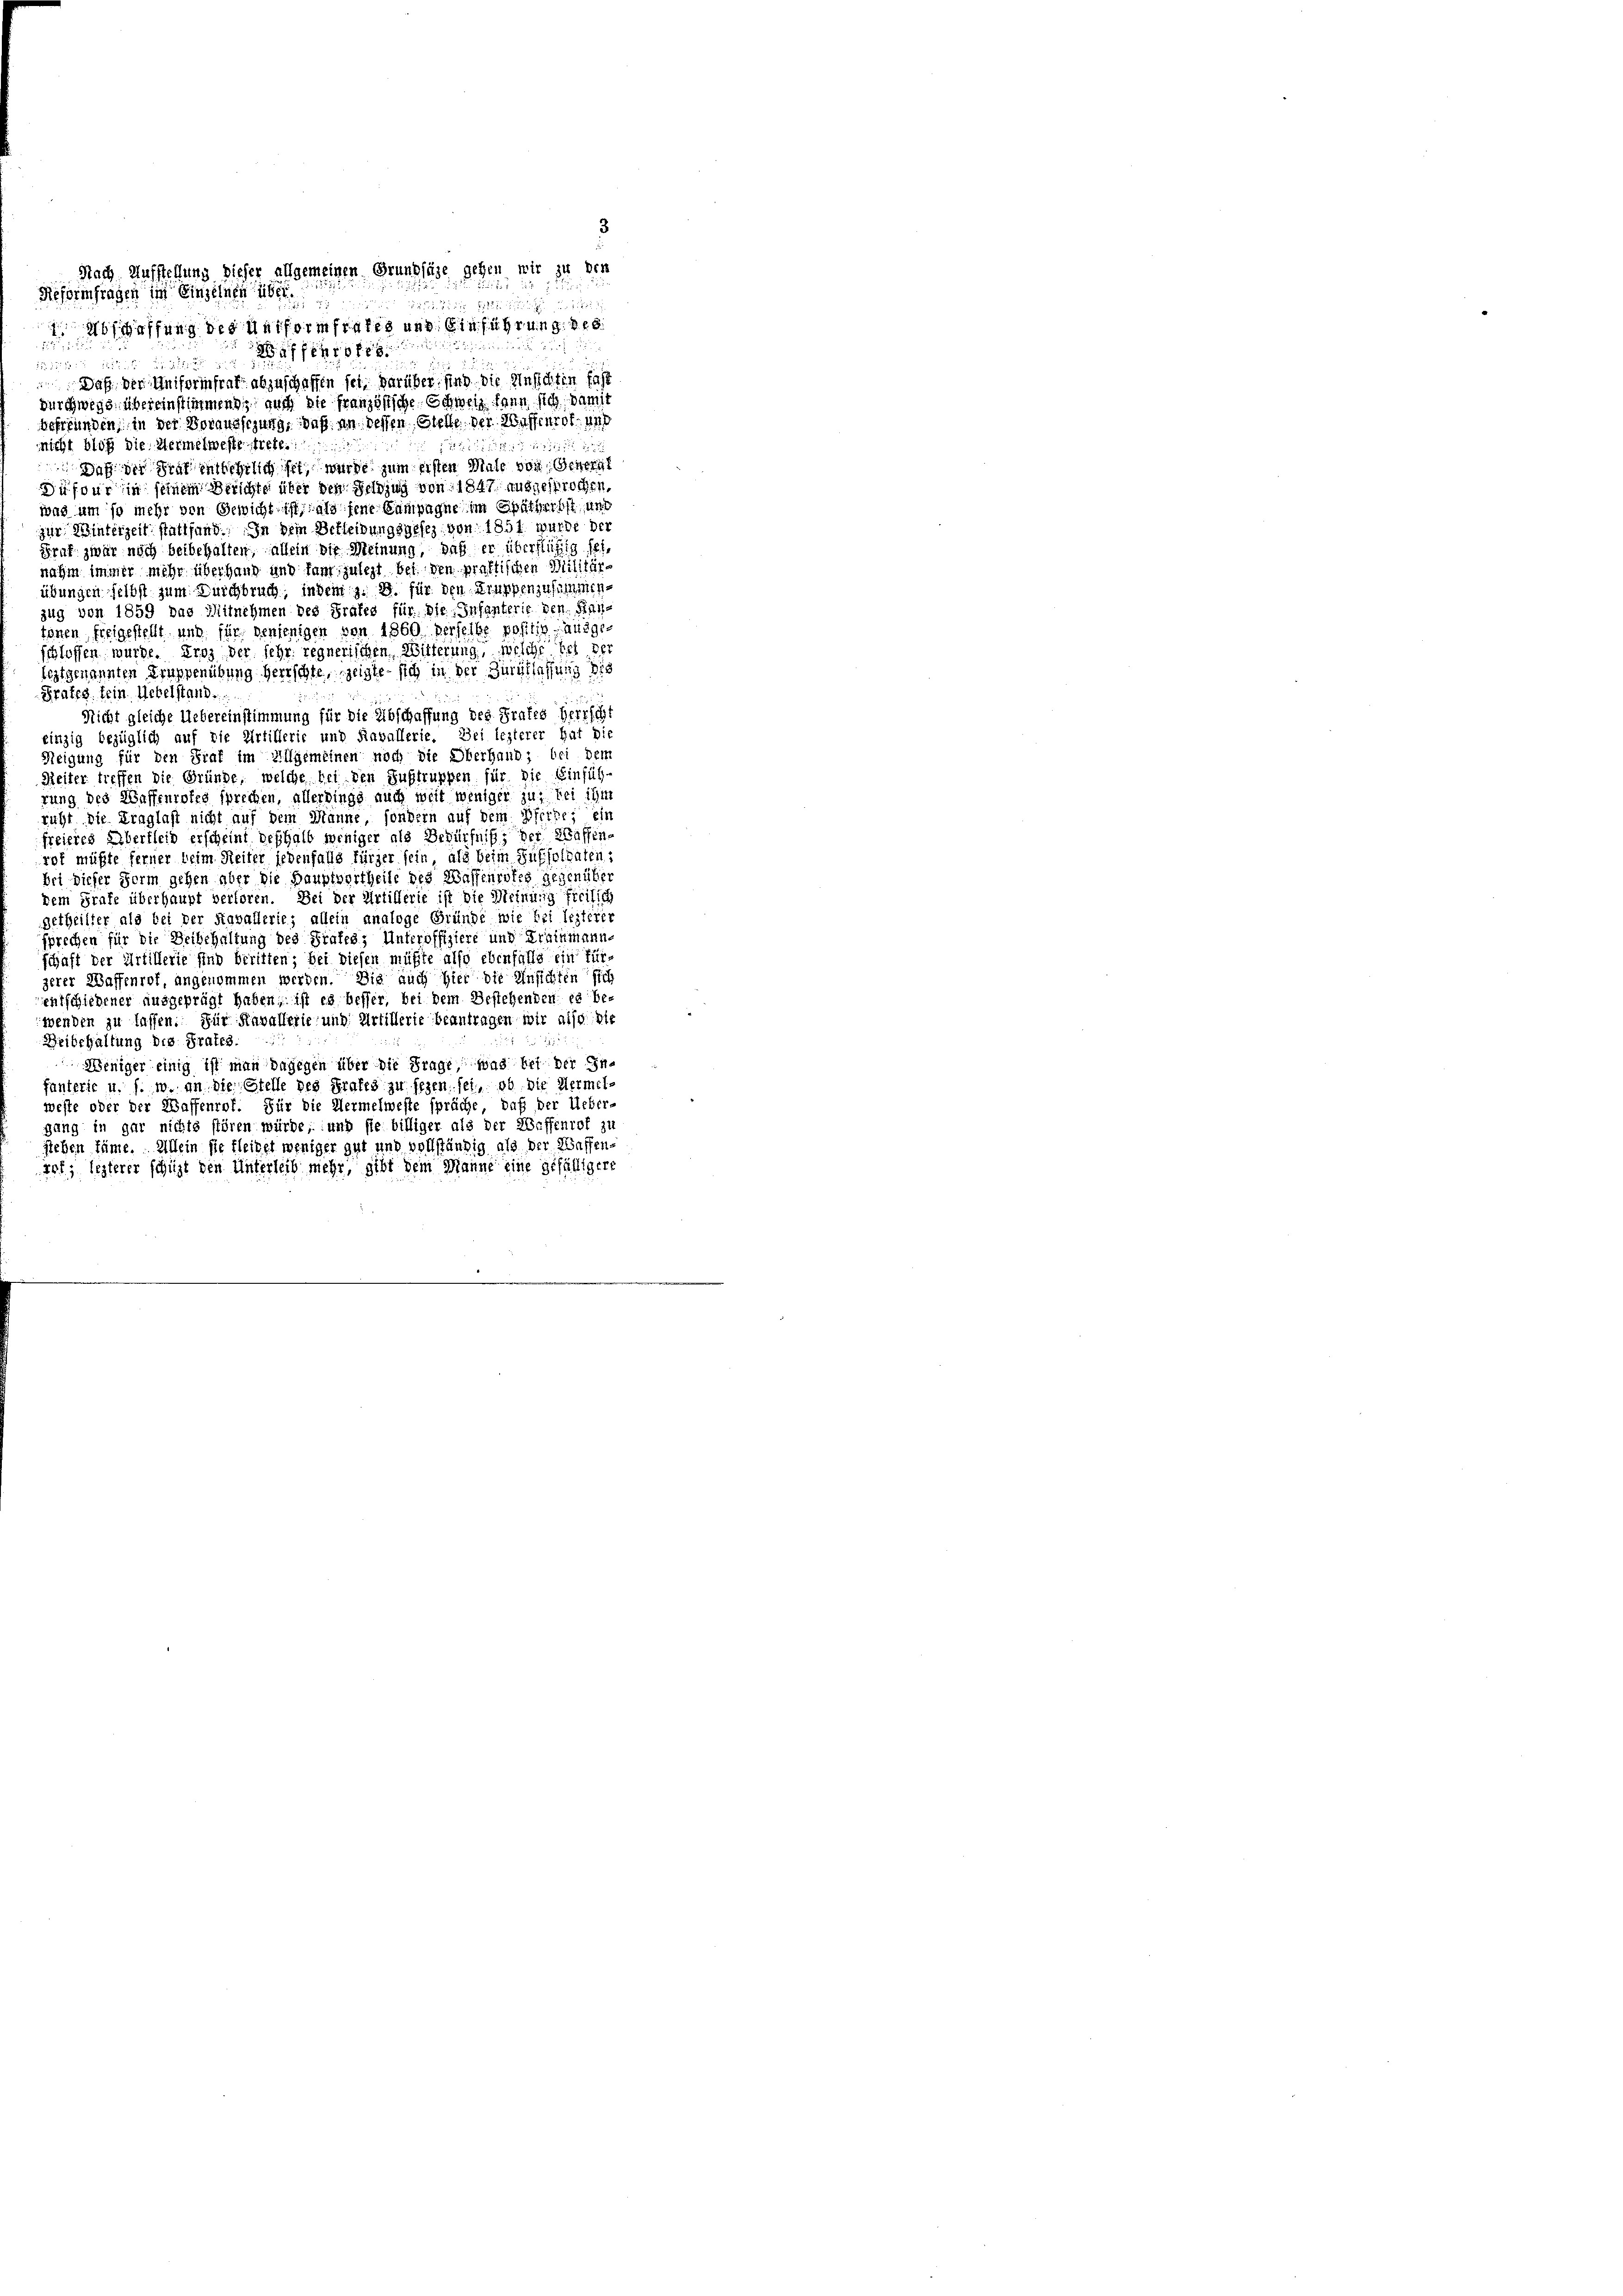
3
Nach Aufstellung dieser allgemeinen Grundsätze gehen wir zu den
ffung des Uniformales und Einführung des
1
2ff

17
Daß der Uniforinfrat abzuschaffen sei, darüber sind die Ansichten fast
durchwege übereinstimmend, auch die französiche Schweiz dann sich, damit
Befreunden, in der Voraussezung, daß an dessen Stelle der Waffenrot und
nicht bloß die Vermelweste trete.

Daß der Graf entbehrlich sei, wurde zum Ersten Male von Gener
Dufour in seinem Berichte über den Feldzug von 1847 ausgesprochen,
was um so mehr von Gewicht ist, als fene Campagne im Spätherbst, und
zur Winterzeit stattfand. In dem Berleibungsgesez von 1857 wurde der
Graf zwar noch beibehalten, allein die Meinung, daß er überflüßig seinahm immer mehr überhand und kam zulezt bei den praktischen Militärübungen selbst zum Durchbruch, indem z. B. für den Truppenzusammen.
zug von 1859 das Mitnehmen des Grafes für die Infanterie den Kan
tonen freigestellt und für denjenigen von 1860 derselbe positiv ausgeschlossen wurde. Droz der sehr regnerischen Wilferung, welche bei ver
festgenannten Truppenübung herrschte, zeigte sich in der Durchlassung die
Fratzg. fein. Uebelstand.
Nicht gleiche Uebereinstimmung für die Abschaffung des Frates Herrscht
einzig bezüglich auf die Artillerie und Ravallerie. Bei lezterer hat die
Neigung für den Graf im Allgemeinen noch die Oberhand; bei dem
Reiter treffen die Gründe, welche bei den Austruppen für die Einfüh-
rung des Waffenrotes sprechen, allerdings auch weit weniger zu bei ihm
richt die Ernglast nicht auf dem Manne, sondern auf dem Pferde; ein
freieies Übertleid erscheint deshalb weniger als Bedürfniß, der Wassene
rat müßte ferner beim Reiter jedenfalls fürger sein, als beim Suffoltaten
bei dieser Herrn gehen aber die Hauptvertheile des Waffenrotes gegenüber
kein Grafe überhaupt verloren. Bei der Artillerie ist die Meinung freilich
getheilter als bei der Kavallerie, allein analoge Gründe wie bei lezterer
sprechen für die Deibehaltung des Frates, Unteroffiziere und Trainmann-
schaft der Artillerie sind beritten; bei diesen müßte also ebenfalls ein für
zerer Waffenrof, angenommen werden. Die auch hier die Unsichten sich
entschiedener ausgeprägt haben, ist es heffer, bei dem Bestehenden, es be-
wenden zu lassen. Für Kavallerie und Artillerie beantragen wir also die
Beibehaltung des Prates.
Weniger einig ist man dagegen über die Frage, was bei der Infanterie u. s. w. an die Stelle des Krafts zu sezen sei, ob die Hermel-
weste oder der Waffenrof. Für die Hermelweste spräche, daß der Ueber-
gang in gar nichts stören würde, und sie billiger als der Waffenrof zu
stehen käme. Allein sie fleibet weniger gut und vollständig als der Waffen-
s; lezterer schüzt den Unterleib mehr, gibt dem Manne eine gefälligere

Reformfragen im Einzelnen über